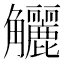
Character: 𧥖